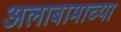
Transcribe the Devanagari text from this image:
अलाबामाच्या